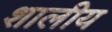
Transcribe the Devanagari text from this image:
शालीय